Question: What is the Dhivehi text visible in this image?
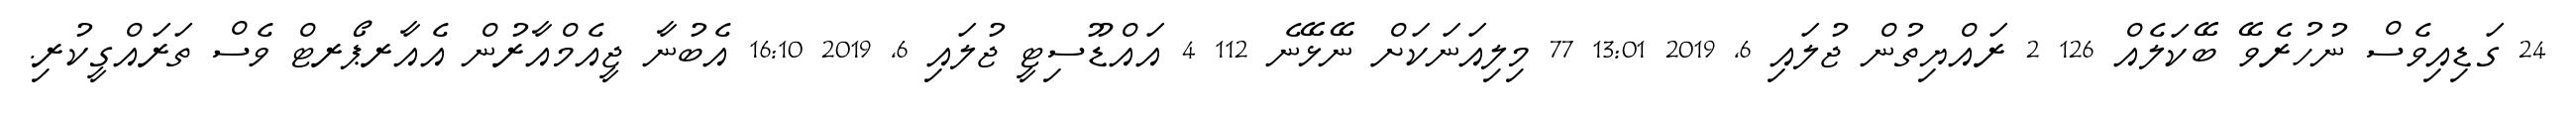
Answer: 24 ގަޑިއިވެސް ނުހުރެވޭ ބޭކަލެއް 126 2 ރައްޔިތުން ޖުލައި 6, 2019 13:01 77 މިލިއަނަކަށް ނޭޅޭނެ 112 4 އައްޑޫސިޓީ ޖުލައި 6, 2019 16:10 އެބުނާ ޖީއެމްއާރުން އެއާރޕޯރޓް ވެސް ތަރައްގީކުރި.